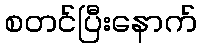
စတင်ပြီးနောက်